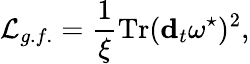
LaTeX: {\cal L}_{g.f.}=\frac{1}{\xi}\mathrm{Tr}({\mathbf d}_{t}\omega^{\star})^{2},